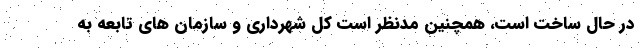
در حال ساخت است، همچنین مدنظر است کل شهرداری و سازمان های تابعه به